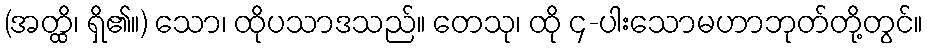
(အတ္ထိ၊ ရှိ၏။) သော၊ ထိုပသာဒသည်။ တေသု၊ ထို ၄-ပါးသောမဟာဘုတ်တို့တွင်။